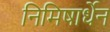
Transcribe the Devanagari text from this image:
निमिषार्धेन